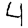
Digit: 4